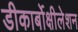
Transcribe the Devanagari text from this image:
डीकार्बोक्षीलेशन